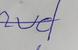
Signature authenticity: forged